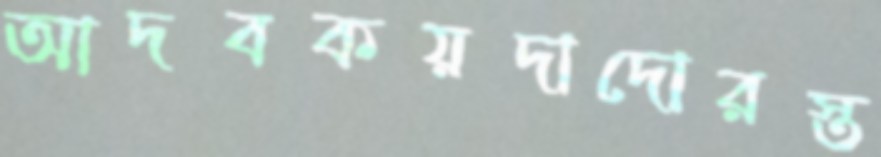
আদবকয়দাদোরস্ত